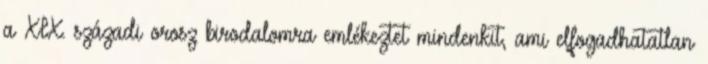
a XIX. századi orosz birodalomra emlékeztet mindenkit, ami elfogadhatatlan